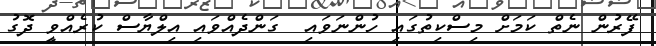
ފޭރުން ނެތް ކަމަށް މިސްކިތުގައި ހުންނަވައި  ގަންދެއްވައި އިލްޔާސް ކުރެއްވީ ދޮގު